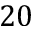
2 0